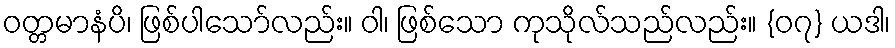
ဝတ္တမာနံပိ၊ ဖြစ်ပါသော်လည်း။ ဝါ၊ ဖြစ်သော ကုသိုလ်သည်လည်း။ {၀၇} ယဒါ၊